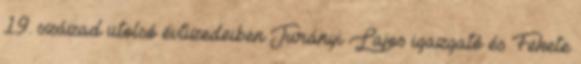
19. század utolsó évtizedeiben Jurányi Lajos igazgató és Fekete